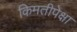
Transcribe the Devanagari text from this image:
किमतीपेक्षा